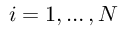
i = 1 , \ldots , N